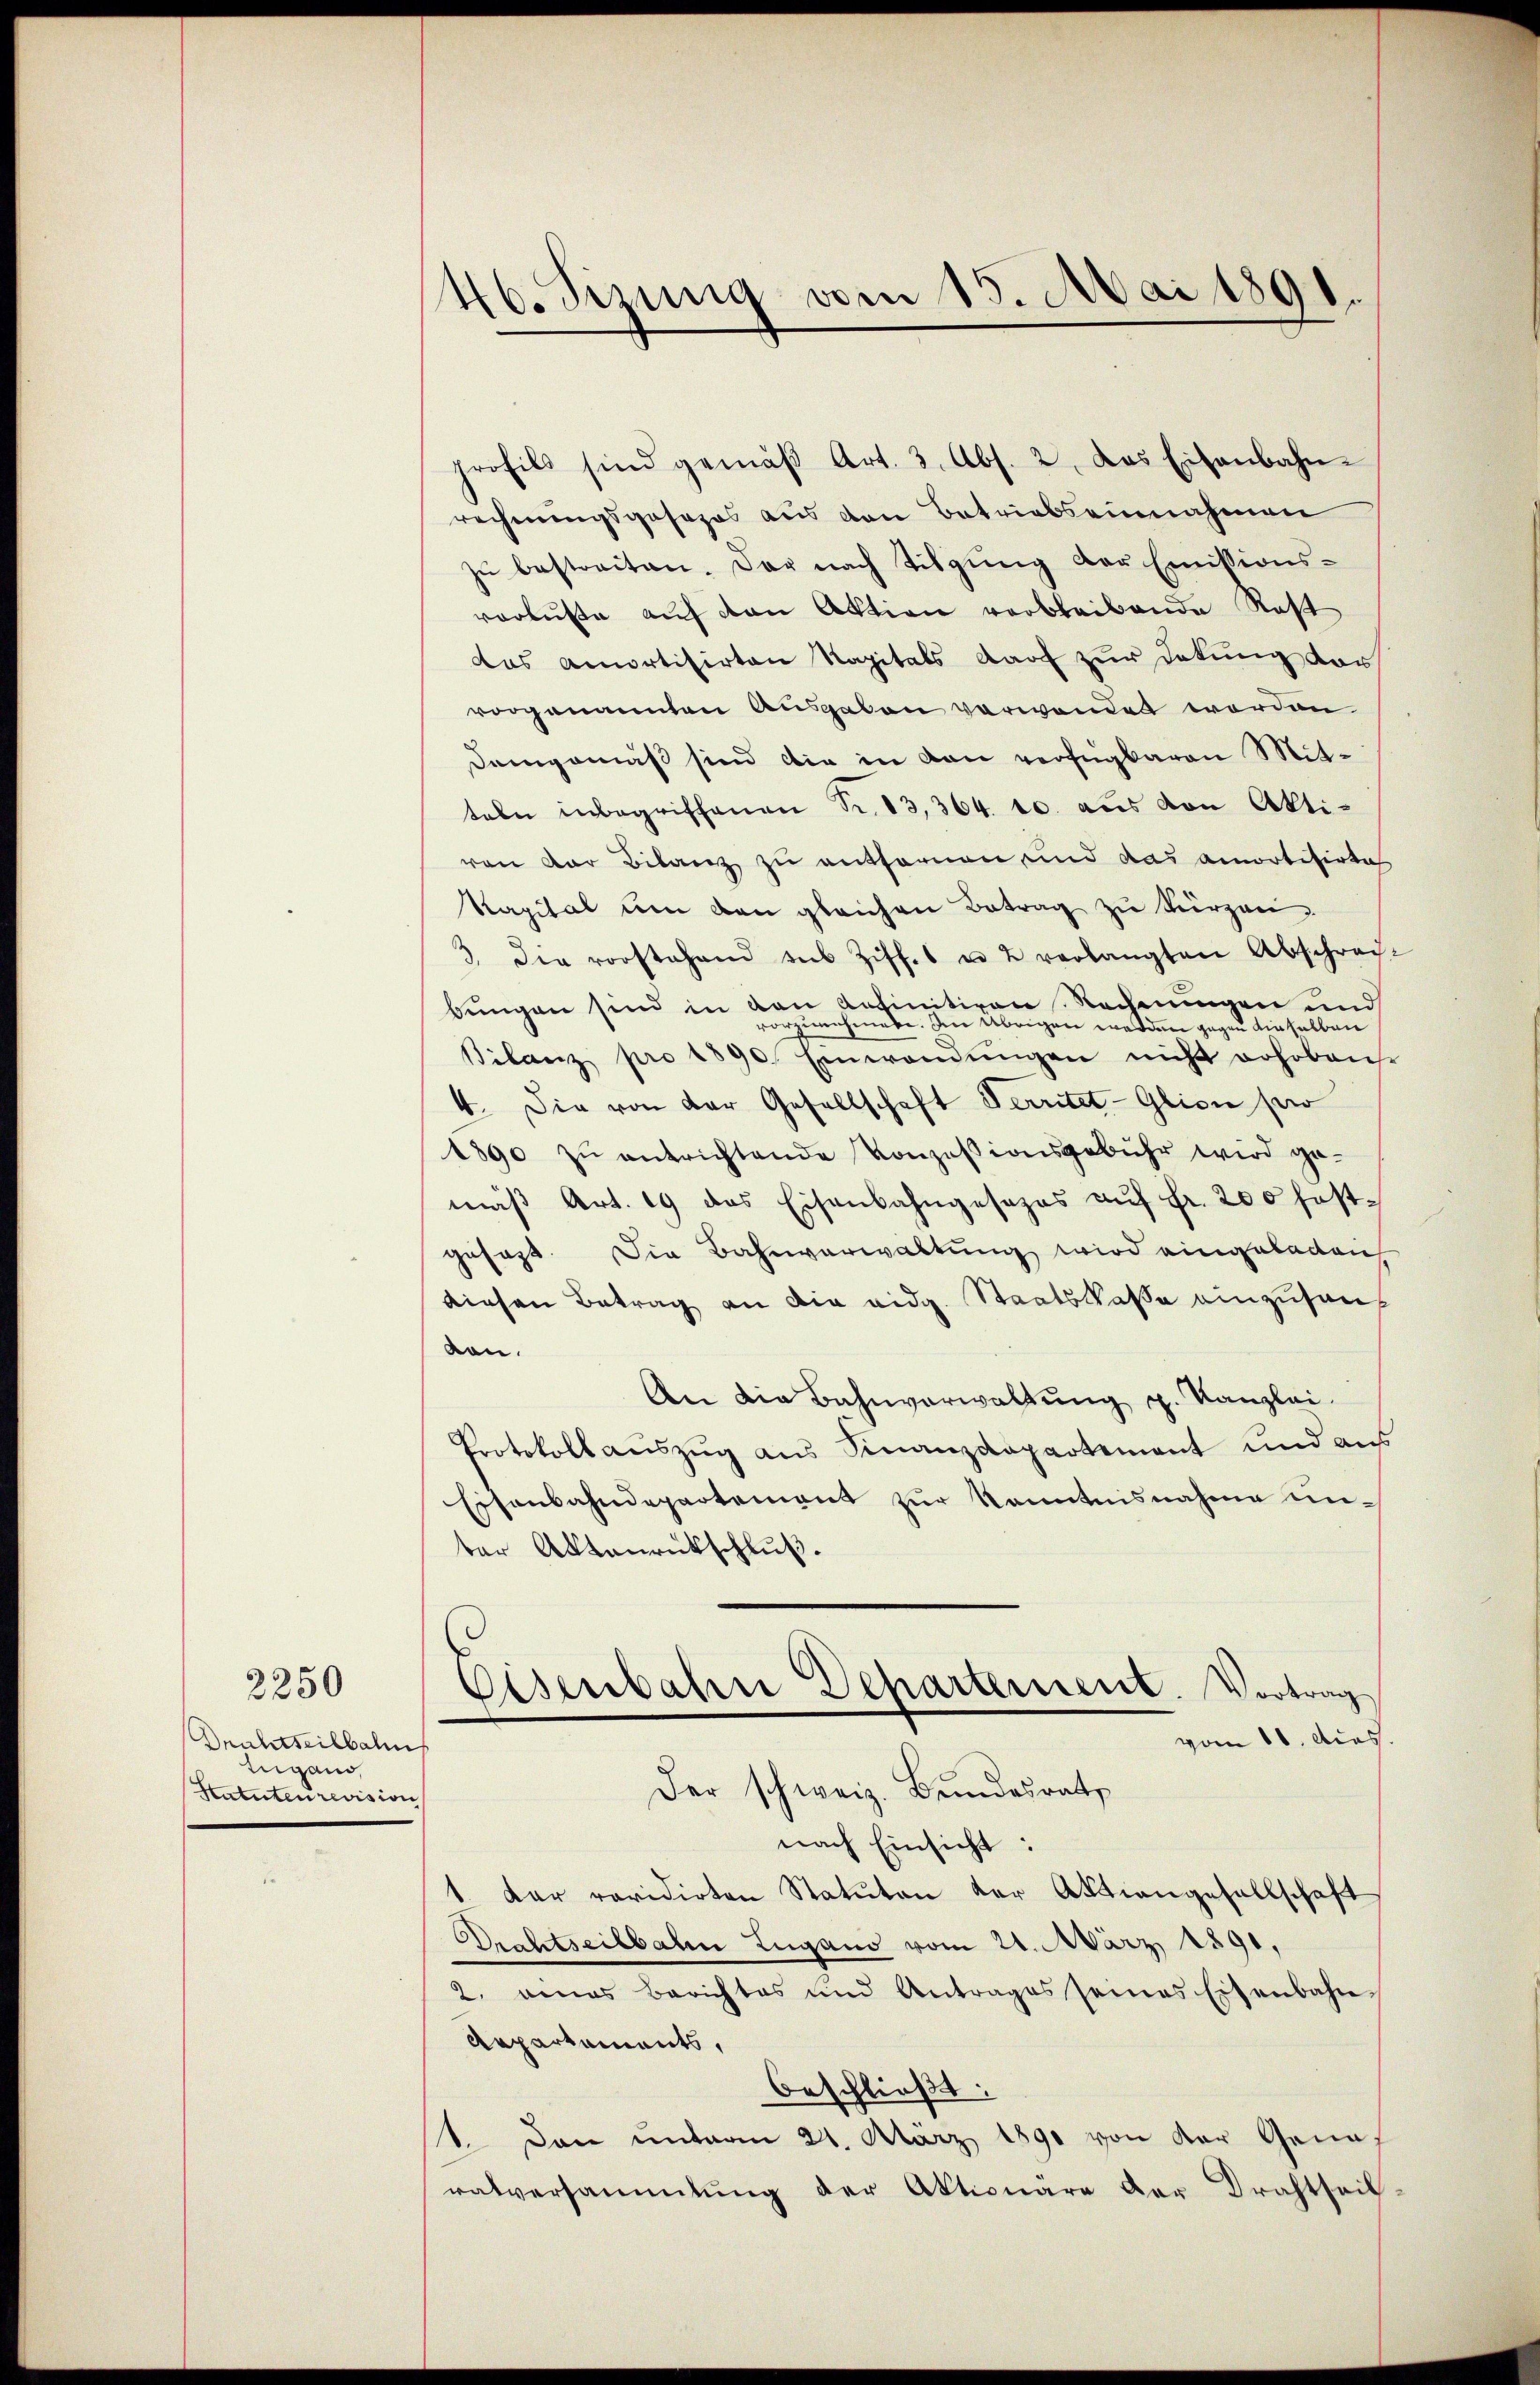
Drahtseilbalis
Zugan
Statuten revision

2250

46. Sizung vom 15. Mai 1891.

profils sind gemäβ Art. 3. Abs. 2. Das Eisenbahn-
rechnungsgesezes aus von Betriebseinnahmen
zu bestreiten. Der nach Tilgung der Emissionsvorluste auf von Aktion verbleibende Rost
das Amortisirten Kapitals darf zur Detung dervorgenannten Ausgaben verwendet worden.
Demgemäß sind die in den verfügbaren Mitteln inbegriffenen Fr. 13, 364. 10. aus von Akti-
von der Bilanz zu entfernen und das amortisirte
Kapital um den gleichen Betrag zu kürzen.
3. Die vorstehend des Ziff. u. 2 verlangten Abschrech-
bungen sind in den befinitiven Rechnungen und
orzunehmete. Im übrigen worden gegen dieselben
Bilanz pro 1890. Einwendŭngen nicht erhoben
4. Die von der Gesellschaft Verritet-Glion pro
1890 zŭ entrichtende Konzesionsgebühr wird ge-
mäβ Art. 19 des Eisenbahngesezes aŭf Fr. 200 festgesagt. Die Bahnverwaltung wird eingeladen
diesen Betrag an die eidg. Staatskasse einzusanf
von.
An die Bahnverwaltung p. Kanzlei.
Protokoll aŭszŭg aŭs Finanzdepartement und aus
Eisenbahndepartement zur Kenntnisnahme unter Aktenrückschluß.
Eisenbahne Departement. Vortrag
vom 16. Acas.
Der schweiz. Bundesrath
nach Einsicht:
1. Der revidirten Statuten der Aktiengesellschaft
Drahtseitbahn Lugano vom 24. März 1891,
2. eines Berichtes und Antrages seines Eisenbahn¬
Arpartaments,
beschließt:
1. Dan unterm 21. März 1890 von der Genaratversammlung der Aktionäre der Drahtseit